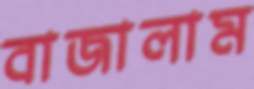
বাজালাম